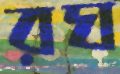
রঘ